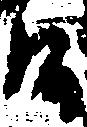
候